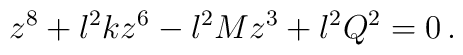
z^8+l^2 k z^6 - l^2 M z^3 + l^2Q^2 =0\, .